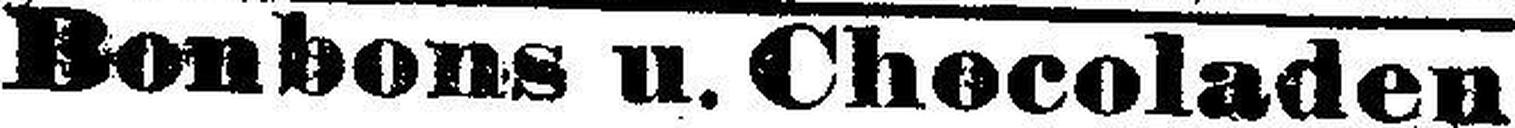
Bonbons u. Chocoladen